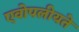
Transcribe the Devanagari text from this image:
एवोपलीयते